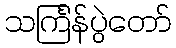
သင်္ကြန်ပွဲတော်